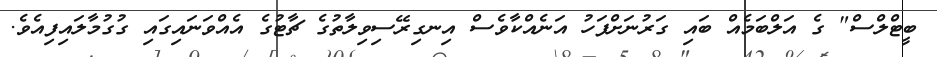
ބީޓްލްސް" ގެ އަލްބަމެއް ބައި ގަރުނަށްފަހު އަނެއްކާވެސް އިނގިރޭސިވިލާތުގެ ޗާޓުގެ އެއްވަނައިގައި ގުގުމާލައިފިއެވެ.